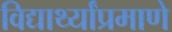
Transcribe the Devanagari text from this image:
विद्यार्थ्यांप्रमाणे